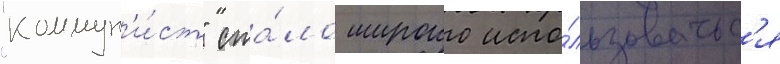
"коммун'и́ст" ста́ло широко испо́льзоватьс'я